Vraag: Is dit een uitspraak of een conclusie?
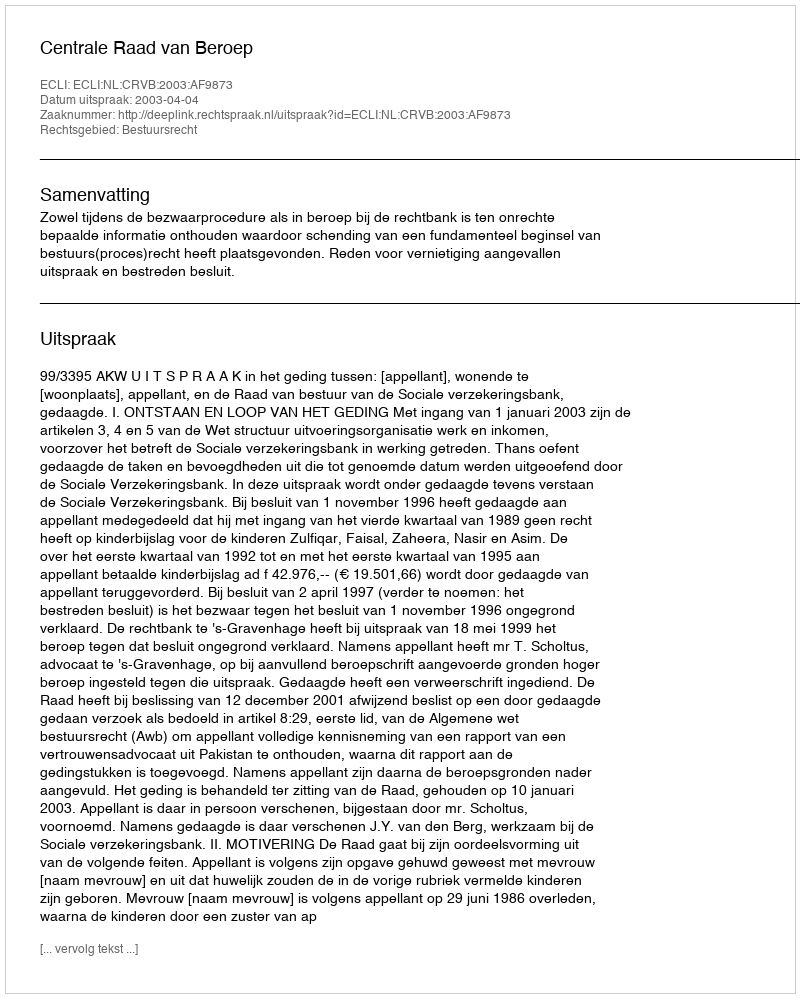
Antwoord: Uitspraak